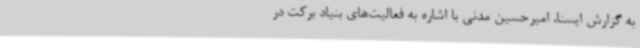
به گزارش ایسنا، امیرحسین مدنی با اشاره به فعالیت‌های بنیاد برکت در